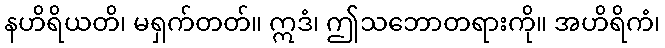
နဟိရိယတိ၊ မရှက်တတ်။ ဣဒံ၊ ဤသဘောတရားကို။ အဟိရိကံ၊